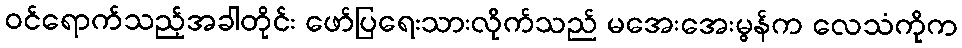
ဝင်ရောက်သည့်အခါတိုင်း ဖော်ပြရေးသားလိုက်သည် မအေးအေးမွန်က လေသံကိုက